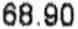
68.90